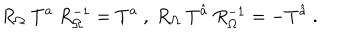
R _ { \Omega } ~ T ^ { a } ~ R _ { \Omega } ^ { - 1 } = T ^ { a } ~ , ~ R _ { \Omega } ~ T ^ { \hat { a } } ~ R _ { \Omega } ^ { - 1 } = - T ^ { \hat { a } } ~ . ~ \,